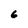
Character: 6